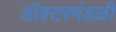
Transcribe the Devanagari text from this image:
डॉक्टरमंडळी